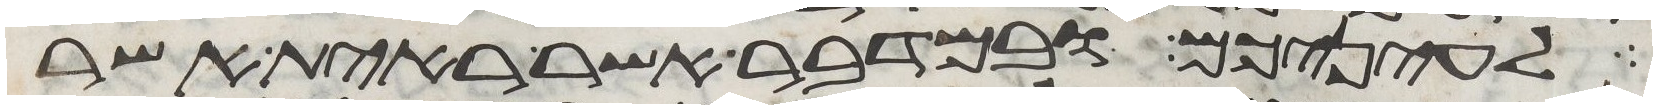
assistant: לעיניכם ובמדבר אשר ראית אשר